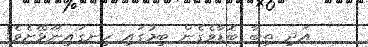
އަދި ތިބާ ބޮޑާވެގެން ބިމުގައި ހިނގައިނޫޅޭށެވެ!